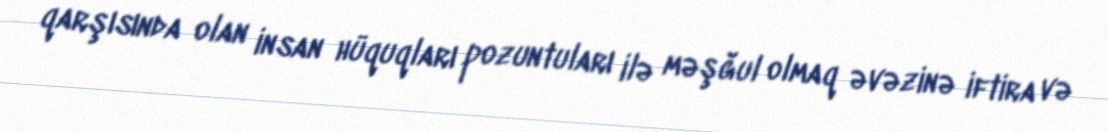
qarşısında olan insan hüquqları pozuntuları ilə məşğul olmaq əvəzinə iftira və